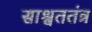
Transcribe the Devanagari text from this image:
साश्वततंत्र